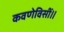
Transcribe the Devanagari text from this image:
कवणेविसीं॥